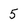
Character: 5